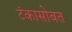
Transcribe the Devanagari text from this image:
टंकासोबत